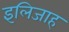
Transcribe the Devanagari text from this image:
इलिजाह